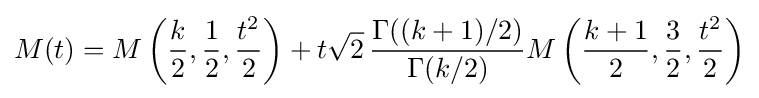
M(t)=M\left({\frac {k}{2}},{\frac {1}{2}},{\frac {t^{2}}{2}}\right)+t{\sqrt {2}}\,{\frac {\Gamma ((k+1)/2)}{\Gamma (k/2)}}M\left({\frac {k+1}{2}},{\frac {3}{2}},{\frac {t^{2}}{2}}\right)